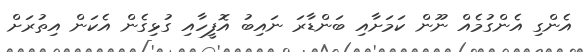
އެންގި އެންގުމެއް ނޫން ކަމަށާއި ބަންޑާރަ ނައިބު އޮފީހާއި ގުޅިގެން އެކަން އިތުރަށް